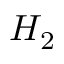
H _ { 2 }